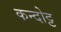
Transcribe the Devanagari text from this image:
कन्दोट्ट